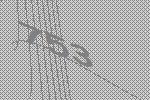
753